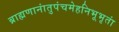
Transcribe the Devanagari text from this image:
ब्राह्मणानांतुपंचमेहनिभूभृतां